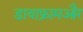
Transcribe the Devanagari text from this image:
डायाफ्रामऔर